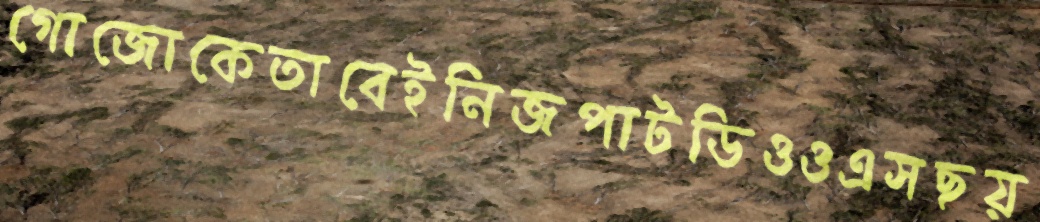
গোজোকেতাবেইনিজপাটডিওওএসছয়